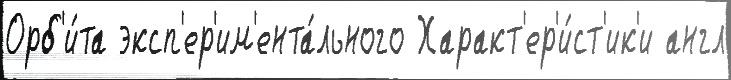
Орб'и́та эксп'ер'им'ента́льного Характ'ер'и́ст'ик'и англ